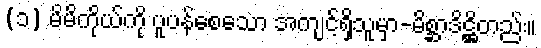
(၁) မိမိကိုယ်ကို ပူပန်စေသော အကျင့်ရှိသူမှာ-မိစ္ဆာဒိဋ္ဌိတည်း။